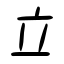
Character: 立